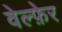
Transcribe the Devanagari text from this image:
वेल्फ़ेर